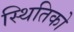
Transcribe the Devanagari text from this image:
स्थितिको